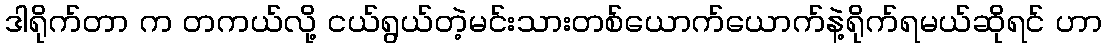
ဒါရိုက်တာ က တကယ်လို့ ငယ်ရွယ်တဲ့မင်းသားတစ်ယောက်ယောက်နဲ့ရိုက်ရမယ်ဆိုရင် ဟာ